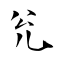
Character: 兊